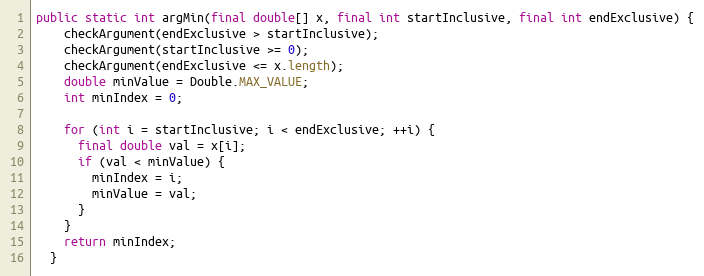
Language: Java
public static int argMin(final double[] x, final int startInclusive, final int endExclusive) {
    checkArgument(endExclusive > startInclusive);
    checkArgument(startInclusive >= 0);
    checkArgument(endExclusive <= x.length);
    double minValue = Double.MAX_VALUE;
    int minIndex = 0;

    for (int i = startInclusive; i < endExclusive; ++i) {
      final double val = x[i];
      if (val < minValue) {
        minIndex = i;
        minValue = val;
      }
    }
    return minIndex;
  }